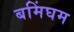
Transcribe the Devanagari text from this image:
बमिंघम